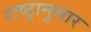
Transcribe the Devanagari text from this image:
राष्ट्रानुसार